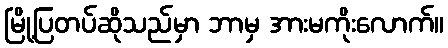
မြို့ပြတပ်ဆိုသည်မှာ ဘာမှ အားမကိုးလောက်။